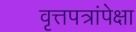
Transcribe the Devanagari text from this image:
वृत्तपत्रांपेक्षा